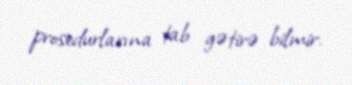
prosedurlarına tab gətirə bilmir.